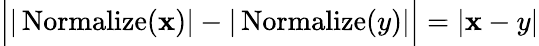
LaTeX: \Big||\operatorname{Normalize}(\mathbf{x})|-|\operatorname{Normalize}(y)|\Big|=|\mathbf{x}-y|